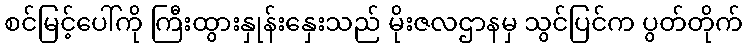
စင်မြင့်ပေါ်ကို ကြီးထွားနှုန်းနှေးသည် မိုးဇလဌာနမှ သွင်ပြင်က ပွတ်တိုက်